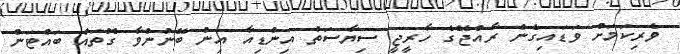
ވެރިކަމަށް ވަޑައިގެން ރާއްޖޭގެ ހާރީޖީ ސިޔާސަތު އިންޑިއާ އިން ބޭނުންވާ ގޮތައް ބައްޓަން